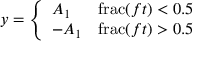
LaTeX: y = { \left\{ \begin{array} { l l } { A _ { 1 } } & { \operatorname { f r a c } ( f t ) < 0 . 5 } \\ { - A _ { 1 } } & { \operatorname { f r a c } ( f t ) > 0 . 5 } \end{array} \right. }